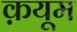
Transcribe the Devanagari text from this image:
क़यूम